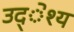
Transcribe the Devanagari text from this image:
उद्ेश्य